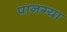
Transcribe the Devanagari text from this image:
पानग्या